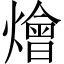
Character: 燴